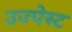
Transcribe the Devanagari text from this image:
उज्पेस्ट